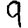
Digit: 9